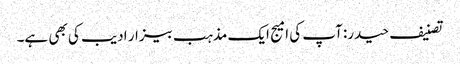
تصنیف حیدر: آپ کی امیج ایک مذہب بیزار ادیب کی بھی ہے۔